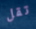
تقل